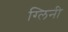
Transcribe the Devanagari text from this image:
ग्लिनी